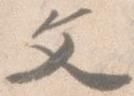
文